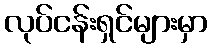
လုပ်ငန်းရှင်များမှာ